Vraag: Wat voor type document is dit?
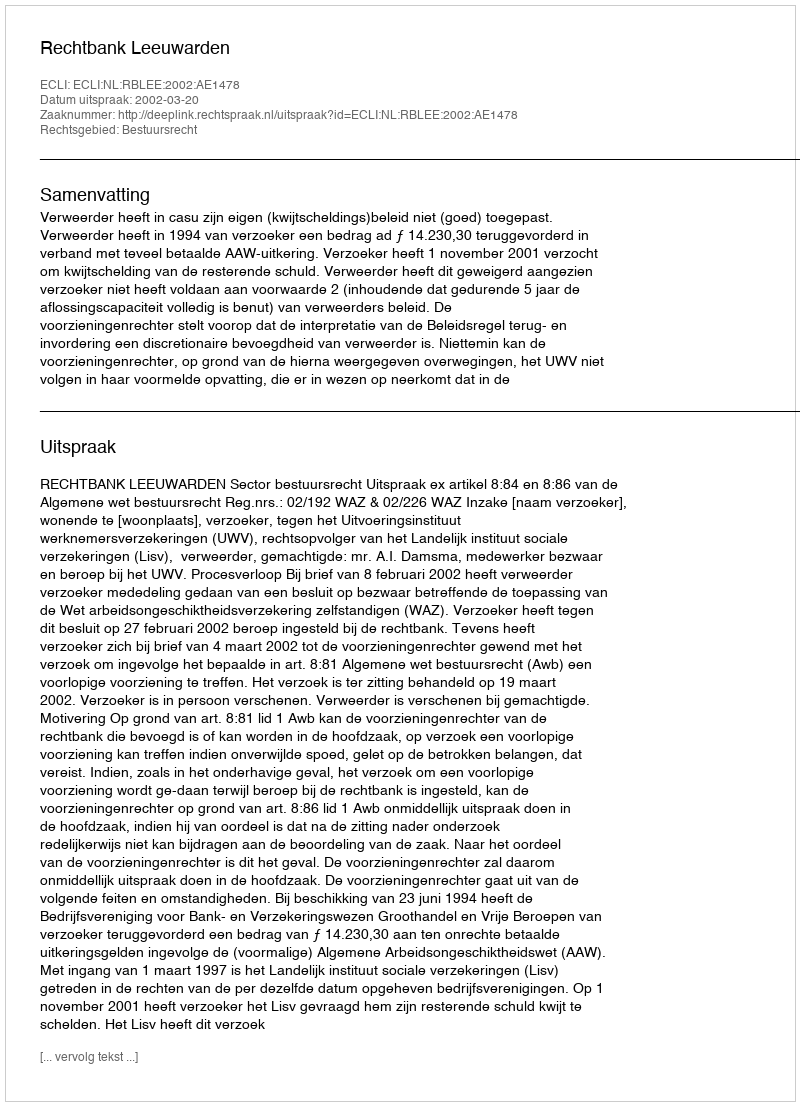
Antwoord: Uitspraak